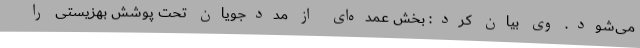
می‌شود. وی بیان کرد: بخش عمده‌ای از مددجویان تحت پوشش بهزیستی را